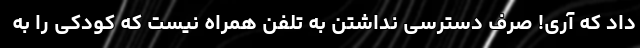
داد که آری! صرفِ دسترسی نداشتن به تلفن همراه نیست که کودکی را به